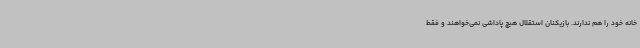
خانه خود را هم ندارند. بازیکنان استقلال هیچ پاداشی نمی‌خواهند و فقط